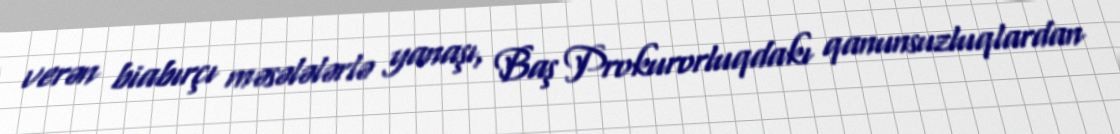
verən biabırçı məsələlərlə yanaşı, Baş Prokurorluqdakı qanunsuzluqlardan